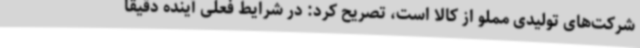
شرکت‌های تولیدی مملو از کالا است، تصریح کرد: در شرایط فعلی آینده دقیقا